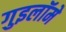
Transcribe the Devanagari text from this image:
गुइलॉमे